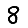
Digit: 8